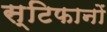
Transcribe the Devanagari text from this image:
स्टिफानों